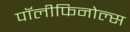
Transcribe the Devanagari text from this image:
पॉलीफिनोल्स